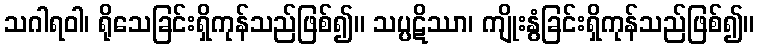
သဂါရဝါ၊ ရိုသေခြင်းရှိကုန်သည်ဖြစ်၍။ သပ္ပဋိဿာ၊ ကျိုးနွံခြင်းရှိကုန်သည်ဖြစ်၍။